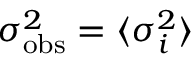
\sigma _ { \mathrm { o b s } } ^ { 2 } = \langle \sigma _ { i } ^ { 2 } \rangle